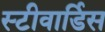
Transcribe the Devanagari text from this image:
स्‍टीवार्डिस